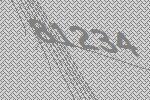
81234